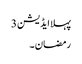
پہلا ایڈیشن 3
رمضان ۔